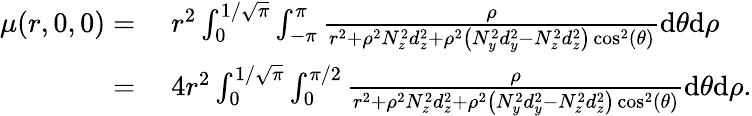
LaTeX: \begin{array}{rl}{\mu(r,0,0)=}&{\; r^{2}\int_{0}^{1/\sqrt{\pi}}\int_{-\pi}^{\pi}\frac{\rho}{r^{2}+\rho^{2}N_{z}^{2}d_{z}^{2}+\rho^{2}\left(N_{y}^{2}d_{y}^{2}-N_{z}^{2}d_{z}^{2}\right)\cos^{2}(\theta)}\mathrm{d}\theta\mathrm{d}\rho}\\ {=}&{\; 4r^{2}\int_{0}^{1/\sqrt{\pi}}\int_{0}^{\pi/2}\frac{\rho}{r^{2}+\rho^{2}N_{z}^{2}d_{z}^{2}+\rho^{2}\left(N_{y}^{2}d_{y}^{2}-N_{z}^{2}d_{z}^{2}\right)\cos^{2}(\theta)}\mathrm{d}\theta\mathrm{d}\rho.}\end{array}